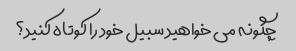
چگونه می خواهید سبیل خود را کوتاه کنید؟